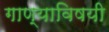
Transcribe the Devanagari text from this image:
गाण्याविषयी